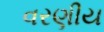
વરણીય